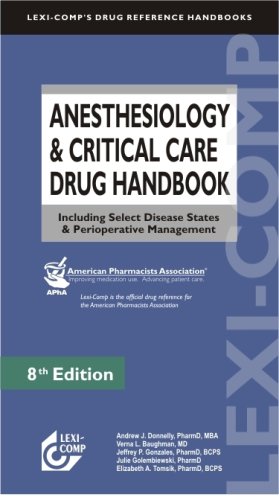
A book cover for Lexi-Comp Anesthesiology & Critical Care Drug Handbook: Including Select Disease States & Perioperative Management (Lexi-Comp's Drug Reference Handbooks); Andrew J. Donnelly; Medical Books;